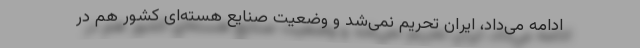
ادامه می‌داد، ایران تحریم نمی‌شد و وضعیت صنایع هسته‌ای کشور هم در